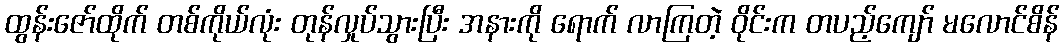
ထွန်းဇော်ထိုက် တစ်ကိုယ်လုံး တုန်လှုပ်သွားပြီး အနားကို ရောက် လာကြတဲ့ ဝိုင်းက တပည့်ကျော် မလောင်စိန်